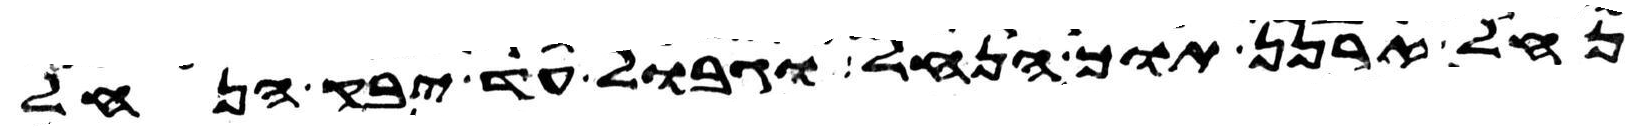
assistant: נחל ארנן תוך הנחל וגבול עד יבק הנחל